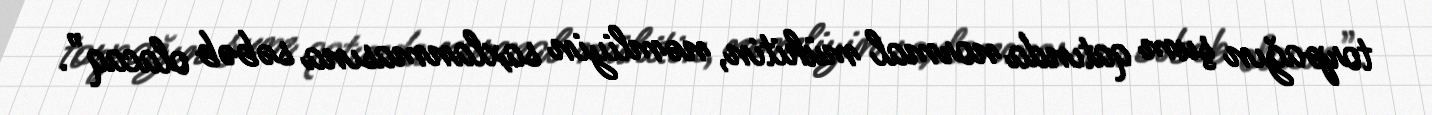
torpağın şum qatında normal mühitin, nəmliyin saxlanmasına səbəb olacaq”.